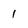
Character: 1